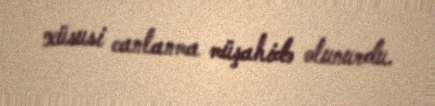
xüsusi canlanma müşahidə olunurdu.